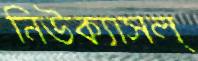
নিউক্যাসল্